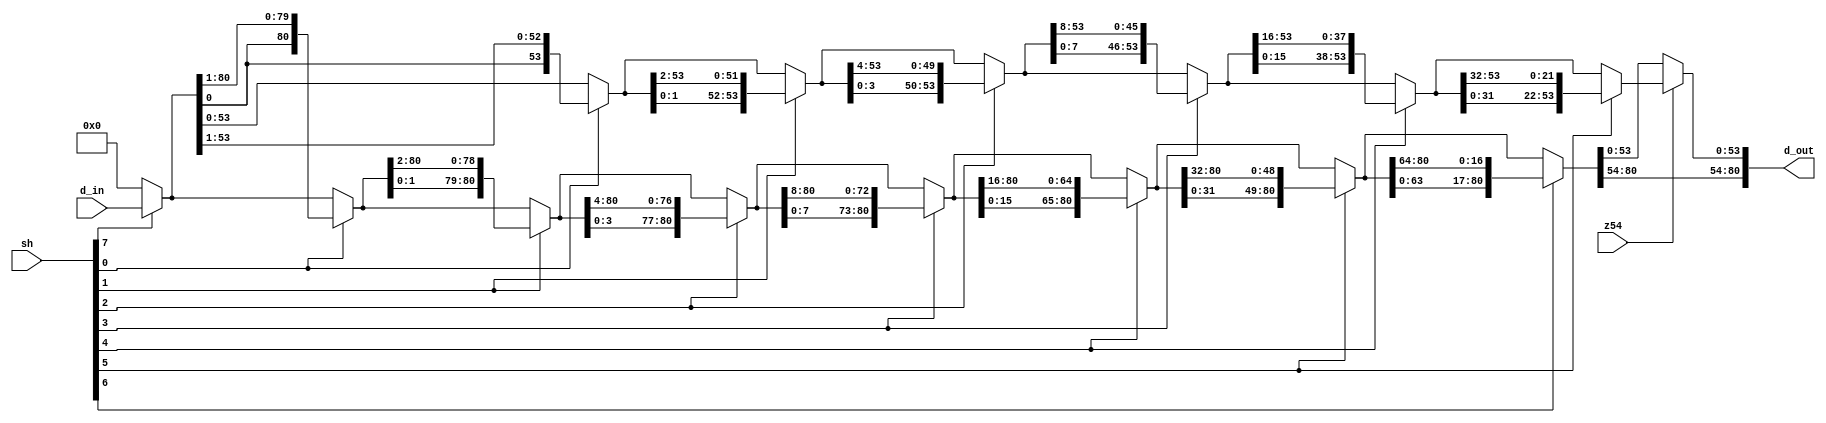
module ldpcenc_rcs (
    input [80:0] d_in,          
    input z54,                  
    input [7:0] sh,             
    output [80:0] d_out         
);
wire [80:0] dc;
wire [80:0] d0, d1, d2, d3, d4, d5, d6;
wire [53:0] d0_54, d1_54, d2_54, d3_54, d4_54, d5_54;
wire [53:0] mux_d54;
assign dc = (sh[7]) ? d_in : 81'd0;
assign d0 = (sh[0]) ? {dc[0], dc[80:1]} : dc;
assign d1 = (sh[1]) ? {d0[1:0], d0[80:2]} : d0;
assign d2 = (sh[2]) ? {d1[3:0], d1[80:4]} : d1;
assign d3 = (sh[3]) ? {d2[7:0], d2[80:8]} : d2;
assign d4 = (sh[4]) ? {d3[15:0], d3[80:16]} : d3;
assign d5 = (sh[5]) ? {d4[31:0], d4[80:32]} : d4;
assign d6 = (sh[6]) ? {d5[63:0], d5[80:64]} : d5;
assign d0_54 = (sh[0]) ? {dc[0], dc[53:1]} : dc[53:0];
assign d1_54 = (sh[1]) ? {d0_54[1:0], d0_54[53:2]} : d0_54;
assign d2_54 = (sh[2]) ? {d1_54[3:0], d1_54[53:4]} : d1_54;
assign d3_54 = (sh[3]) ? {d2_54[7:0], d2_54[53:8]} : d2_54;
assign d4_54 = (sh[4]) ? {d3_54[15:0], d3_54[53:16]} : d3_54;
assign d5_54 = (sh[5]) ? {d4_54[31:0], d4_54[53:32]} : d4_54;
assign mux_d54 = (z54) ? d5_54 : d6[53:0];
assign d_out = {d6[80:54], mux_d54};
endmodule